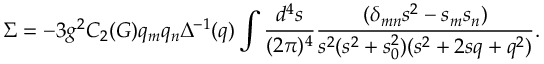
\Sigma = - 3 g ^ { 2 } C _ { 2 } ( G ) q _ { m } q _ { n } \Delta ^ { - 1 } ( q ) \int \frac { d ^ { 4 } s } { ( 2 \pi ) ^ { 4 } } \frac { ( \delta _ { m n } s ^ { 2 } - s _ { m } s _ { n } ) } { s ^ { 2 } ( s ^ { 2 } + s _ { 0 } ^ { 2 } ) ( s ^ { 2 } + 2 s q + q ^ { 2 } ) } .